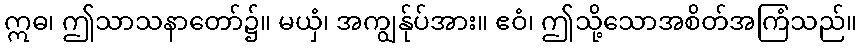
ဣဓ၊ ဤသာသနာတော်၌။ မယှံ၊ အကျွန်ုပ်အား။ ဧဝံ၊ ဤသို့သောအစိတ်အကြံသည်။